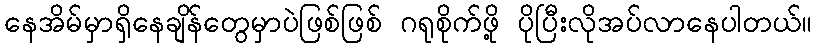
နေအိမ်မှာရှိနေချိန်တွေမှာပဲဖြစ်ဖြစ် ဂရုစိုက်ဖို့ ပိုပြီးလိုအပ်လာနေပါတယ်။